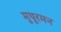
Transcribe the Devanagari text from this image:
मुथुरमन